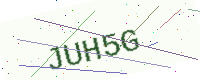
Text: JUH5G